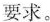
要求。